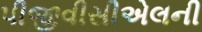
પીજીવીસીએલની